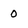
Character: 0